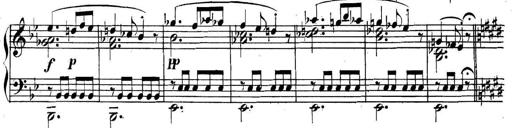
Title: Collected Piano Sonatas
Composer: Muzio Clementi